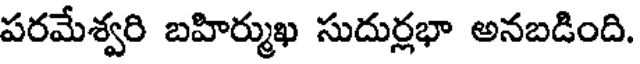
పరమేశ్వరి బహిర్ముఖ సుదుర్లభా అనబడింది.